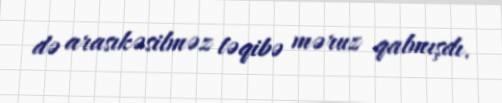
də arasıkəsilməz təqibə məruz qalmışdı.